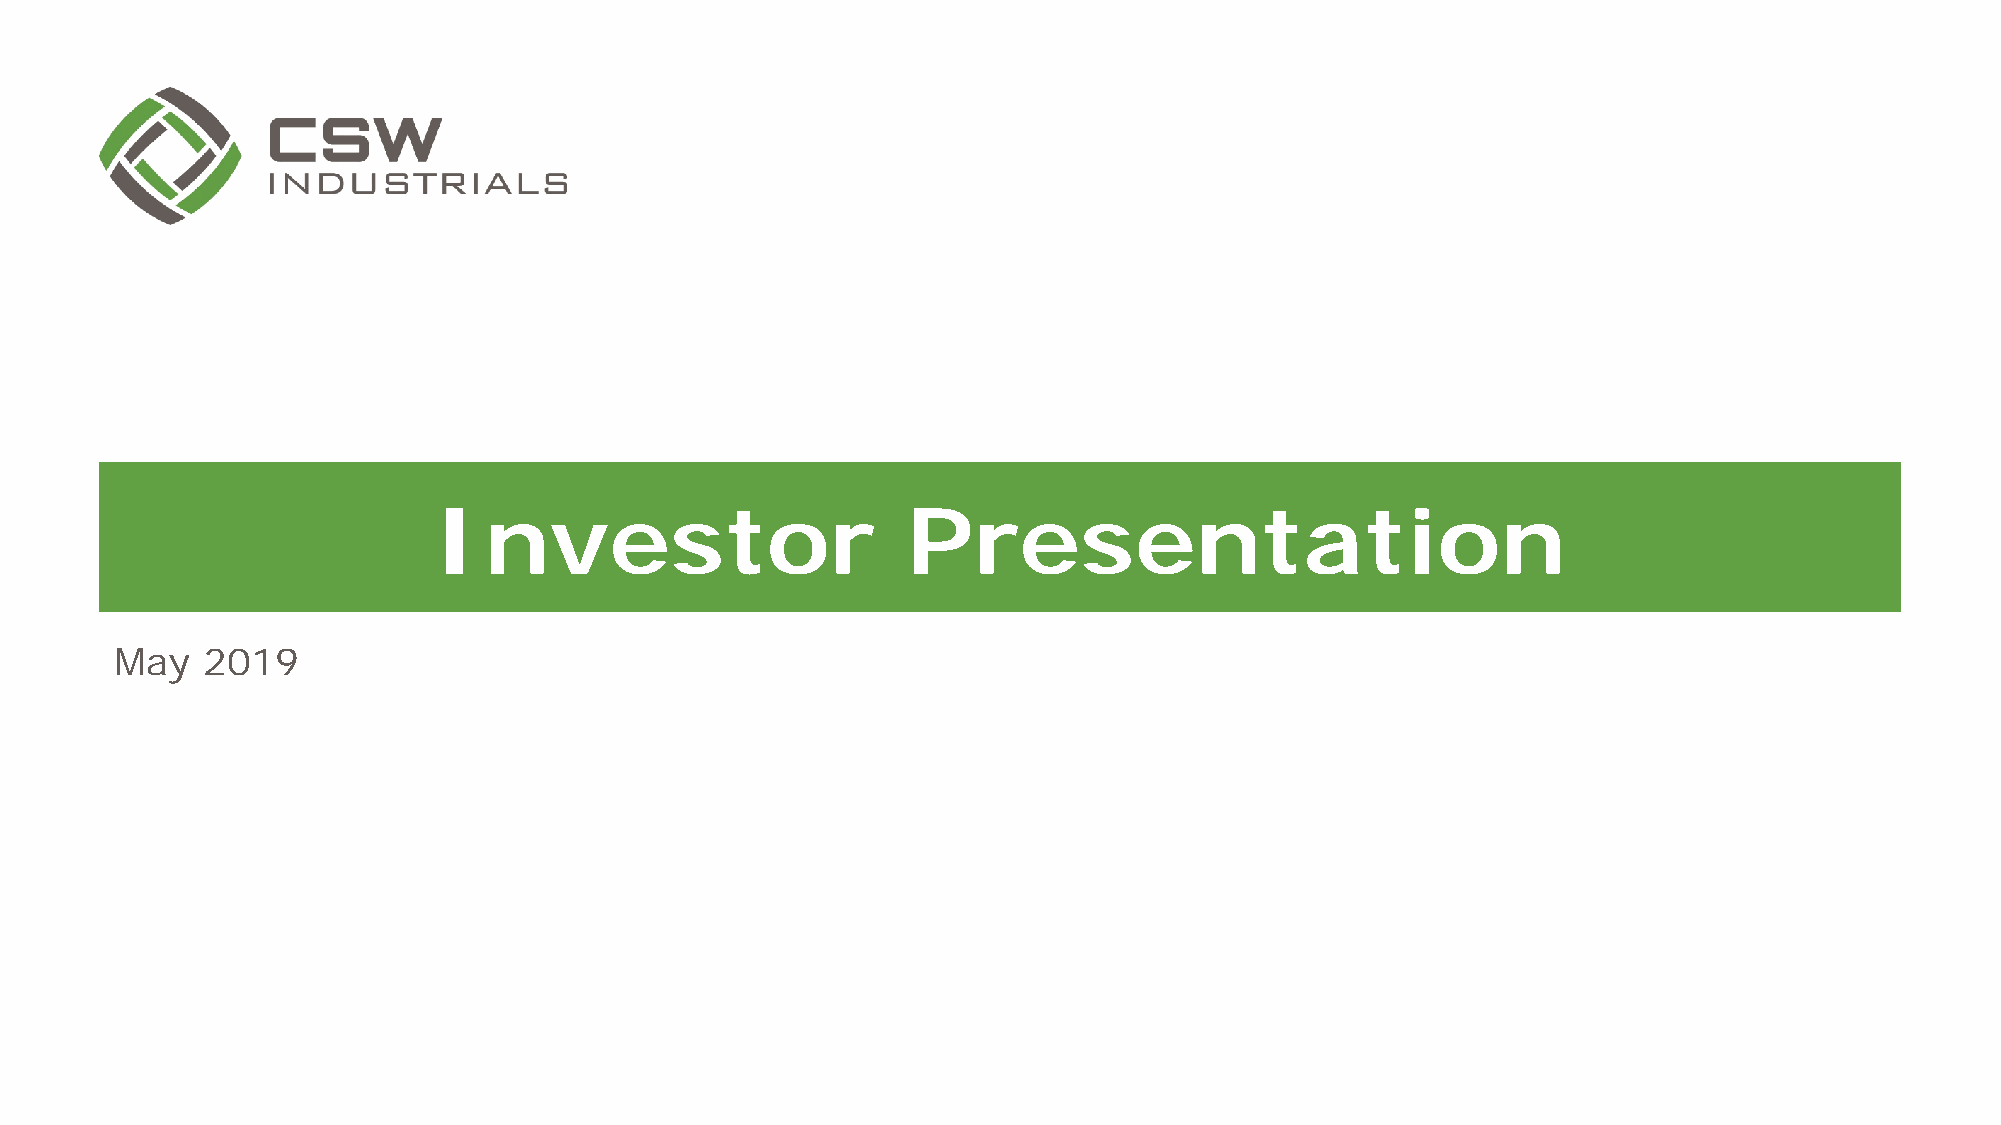
Investor                       Presentation
 Date
 May  2019